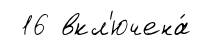
16 вкл'ючена́